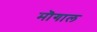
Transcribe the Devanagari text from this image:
मॊगाल